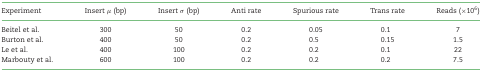
| Experiment | Insert μ (bp) | Insert σ (bp) | Anti rate | Spurious rate | Trans rate | Reads (×106) |
 | --- | --- | --- | --- | --- | --- | --- |
 | Beitel et al. | 300 | 50 | 0.2 | 0.05 | 0.1 | 7 |
 | Burton et al. | 400 | 50 | 0.2 | 0.5 | 0.15 | 1.5 |
 | Le et al. | 400 | 100 | 0.2 | 0.2 | 0.1 | 22 |
 | Marbouty et al. | 600 | 100 | 0.2 | 0.2 | 0.2 | 7.5 |